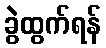
ခွဲထွက်ရန်